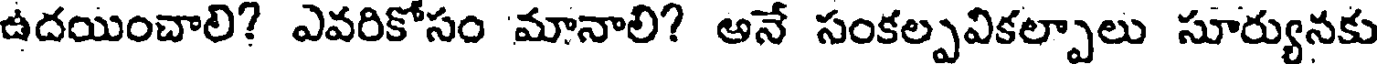
ఉదయించాలి? ఎవరికోసం మానాలి? అనే సంకల్పవికల్పాలు సూర్యునకు